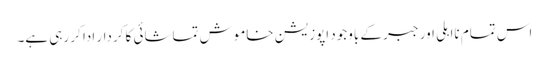
اس تمام نااہلی اور جبر کے باوجود اپوزیشن خاموش تماشائی کا کردار ادا کر رہی ہے۔